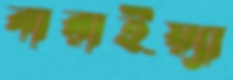
বারাইয়্যা